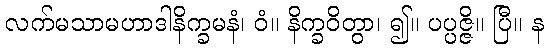
လက်မသာမဟာဒါနိက္ခမနံ၊ ဝံ။ နိက္ခဝိတွာ၊ ၍။ ပပ္ပဇ္ဇိ။ ပြီ။ န